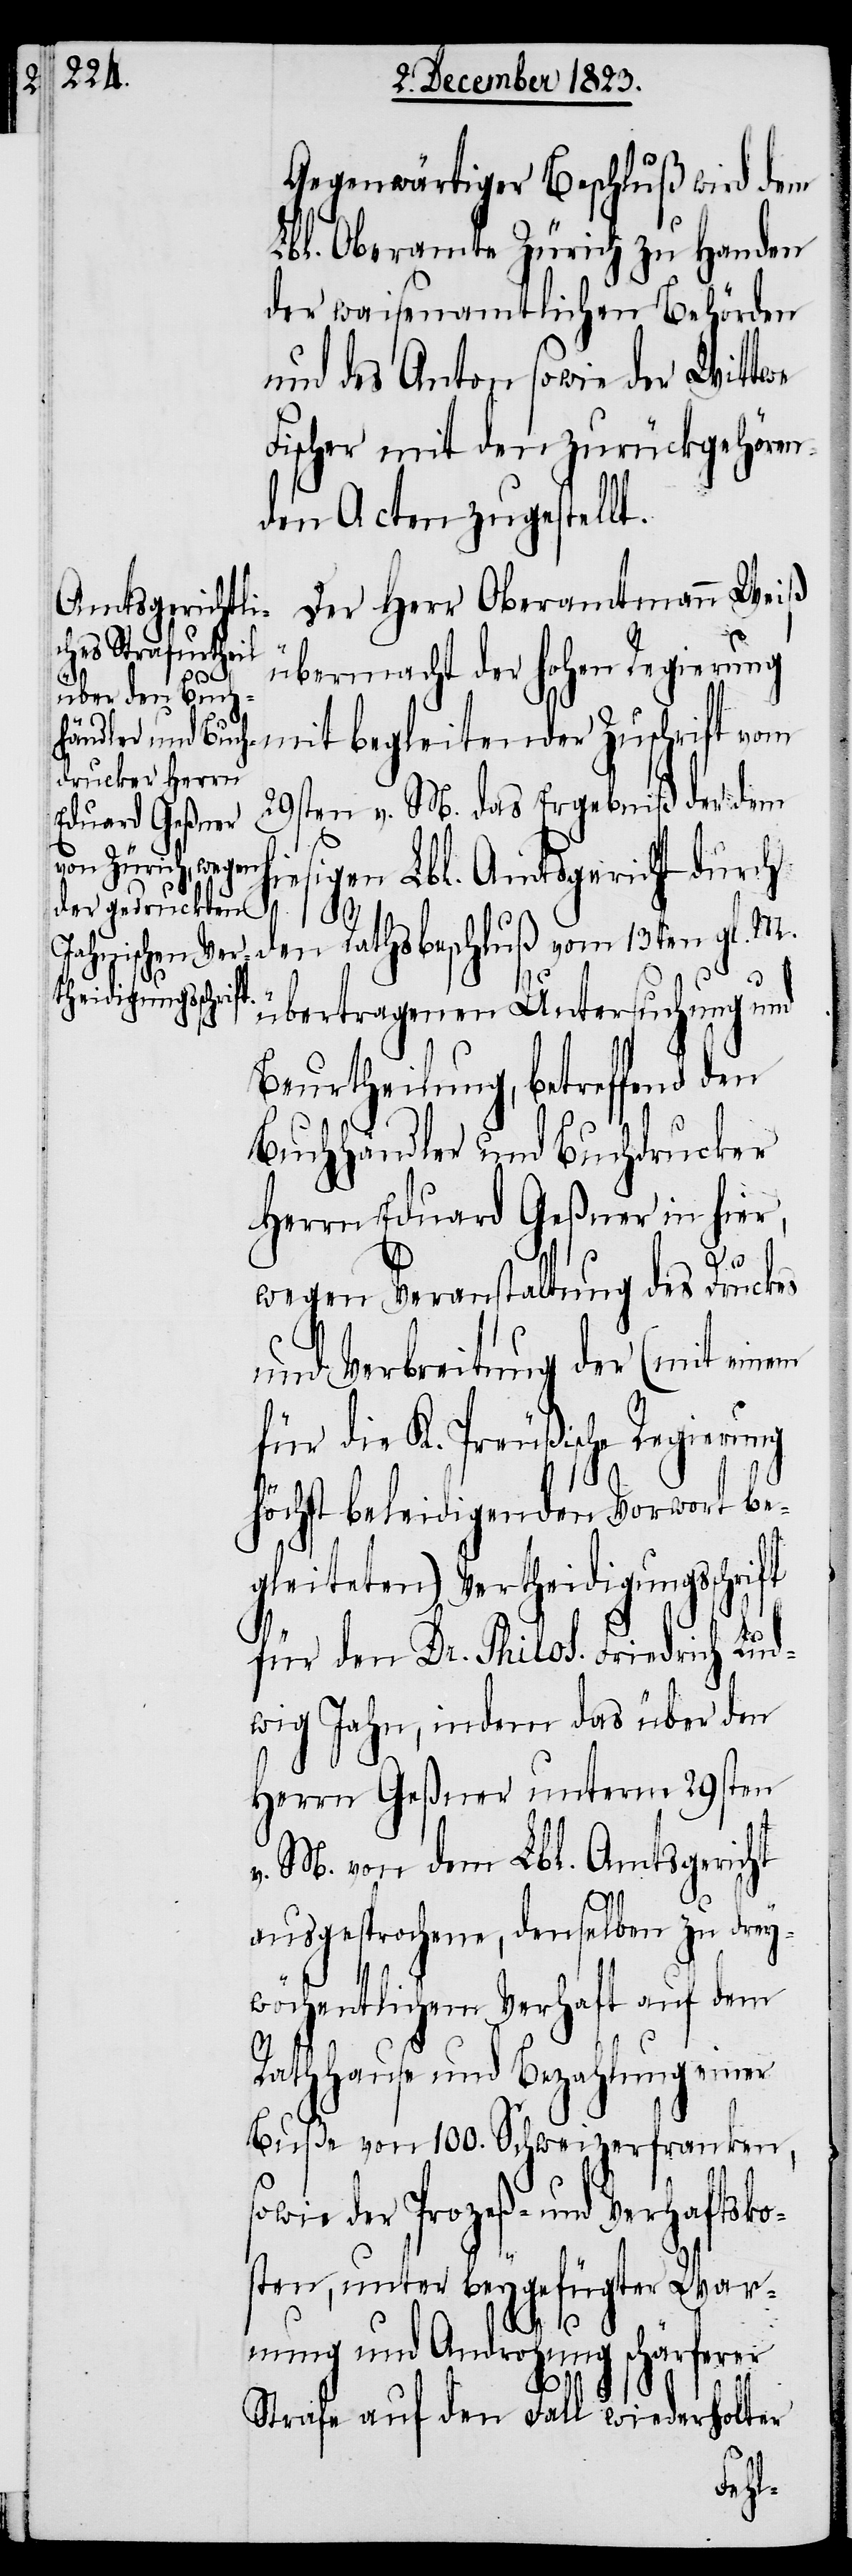
Gegenwärtiger Beschluß wird dem
Lbl. Oberamte Zürich zu Handen
der waisenamtlichen Behörden
und des Anton sowie der Wittwe
Fischer mit den zurückgehören¬
den Acten zugestellt.
Der Herr Oberamtmann Weiß
übermacht der hohen Regierung
mit begleitender Zuschrift vom
29sten v. M. das Ergebniß der dem
iesigen Lbl. Amtsgericht durch
den Rathsbeschluß vom 13ten gl. M.
übertragenen Untersuchung und
Beurtheilung, betreffend den
Buchhändler und Buchdrucker
Herrn Eduard Geßner in hier,
wegen Veranstaltung des Druckes
und Verbreitung der (mit einem
für die K. Preußische Regierung
höchst beleidigenden Vorwort be¬
gleiteten) Vertheidigungsschrift
für den Dr. Philos. Friedrich Lud¬
wig Jahn, indem das über den
Herrn Geßner unterm 29sten
v. M. von dem Lbl. Amtsgericht
ausgesprochene, demselben zu drey¬
wöchentlichem Verhaft auf dem
Rathhause und Bezahlung einer
Buße von 100. Schweizerfranken,
sowie der Prozeß- und Verhaftsko¬
sten, unter beygefügter War¬
h¬
nung und Androhung schärferer
Strafe auf den Fall wiederholter